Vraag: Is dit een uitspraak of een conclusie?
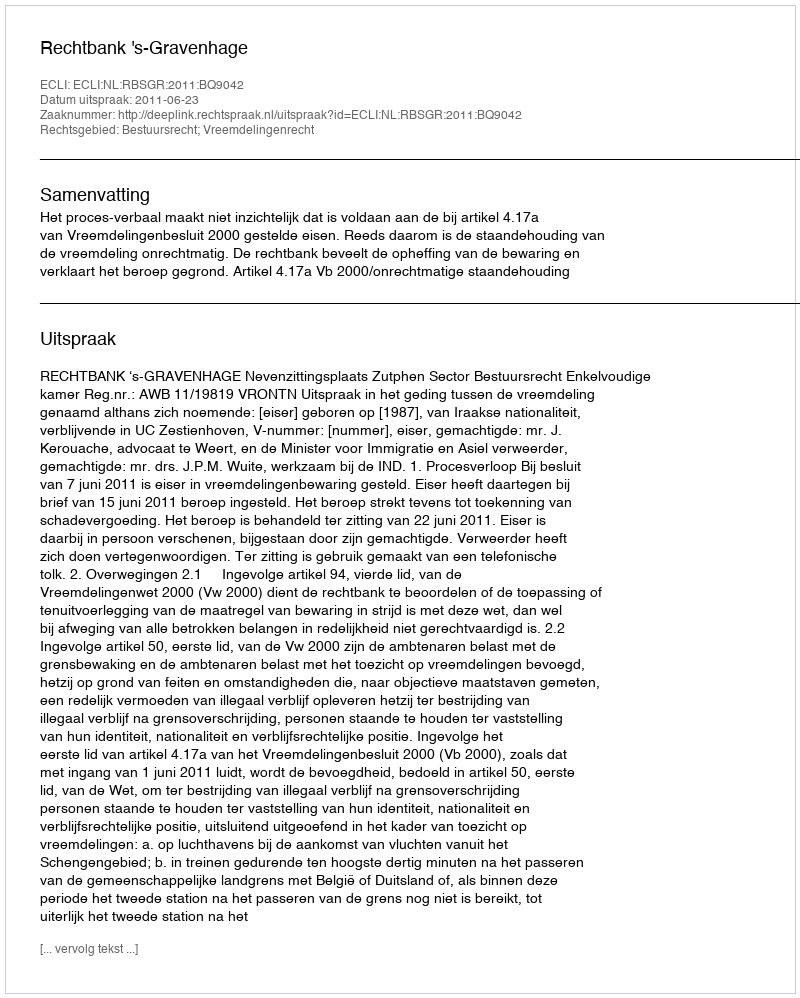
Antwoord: Uitspraak